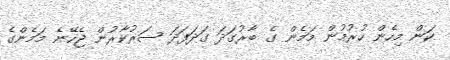
ކަން މިހެން ހުރުމުން މަމެން ގެ ބާރުގަދަ ގަދަފަދަ ސަރުކާރުން ޖެހޭނެ މަމެންގެ